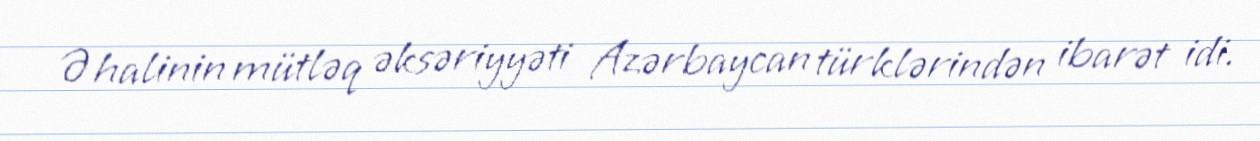
Əhalinin mütləq əksəriyyəti Azərbaycan türklərindən ibarət idi.